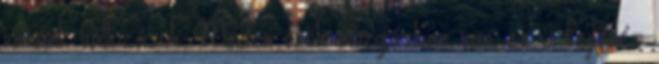
vannak változások. Minden örök mozgásban van: ez a fejlődés